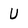
Character: U